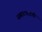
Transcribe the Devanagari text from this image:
सम्राटपदाची